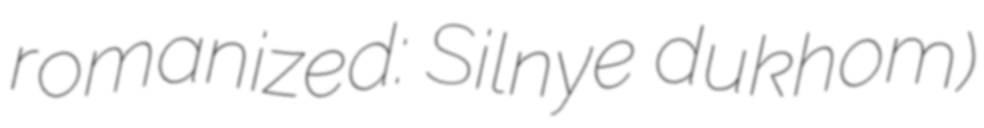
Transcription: romanized: Silnye dukhom)